Report of the Lahore Medical School Hospital
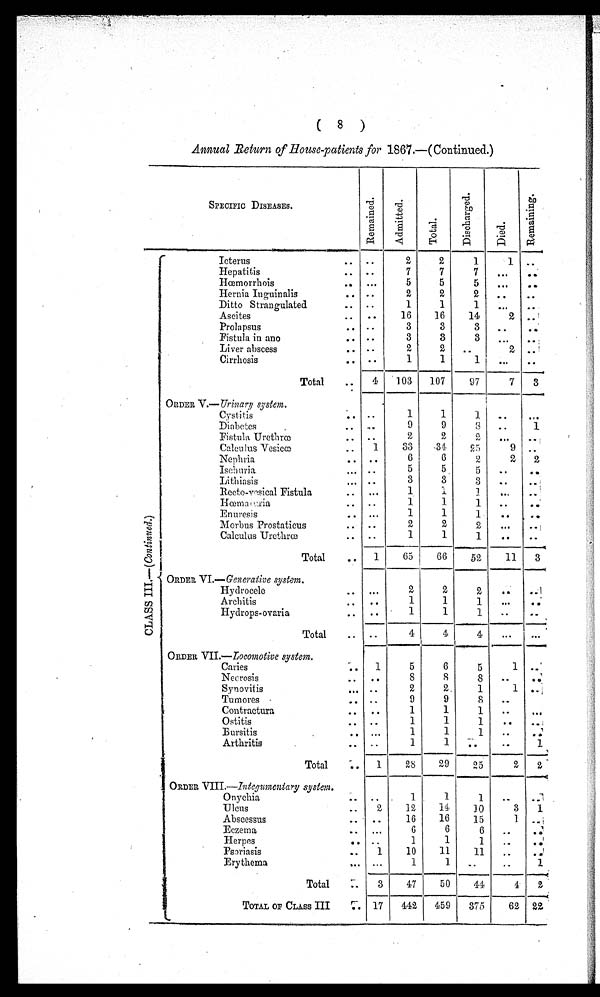
* %! ab
SPECIFIC DISEASES.
2'
. !
3
d
+
'Z
. 5
c:
.s
CB
E E l Z
%
0 a d
2 3 i) is Q P j
-:
- - - - - - a
Icterus
.. . .
2
2
1
1 ..
7
7
Hepatitis
.. ..
7
.
..
I-Iccmorrhois
.. *.. 5 5 5 D e e .-
Hernia Itlguinalis
.. .. 2 II 2 .. -.
Ditto Strangulated
.. ..
1
1
1
. . .
Asci tes
.. .. 1 6 16 14 2 ..!
3
3
Pro1:i psus
.. . .
3
.. . +
Fistula in ano
. *
. .
3
3
3
... * . :
Liver abscess
.. .- 2 2 ..
2
Cirrhosis
.. e m
1
1
-
-_L__,-4
Totd
.. 4 ' 103 107 97
----I__-,
O~D Z R
V.-- U r h a q system.
I i "'7 mi
Cystitis
* * ..
1
1
Z
.. • a l
Dia11ctc.c:
. **-
9
9
: z . . 1
Fisttnl:l, Uret11ra
. ..
2
2
2
8 . B
-- I
Cnlcti lus Vesiccc
. 1 33 -34f 25
9 ..
Nepliria
.. ) I *
6
6
2
2
2
Isc?~ u~j x
s..
5
5 .
5
9 .
a
Litl~iasis
*..
3
3
3
.. ..I
1
Recto-wsical Fistula
. . * - a
i
3
8 9 .
.. '
1
1
I3ama r ::ria
. .-
1 .. 99 u
Enuresis
. *.. 1 1 1 ., , .*
-?
%
3 l o~b u s Prostaticus
. ..
B
2
2
8
. .;
8
R
Calcul~~s Urethra
.. ..
1
1
1
4 .
0.
*
U
- - - , - - - *
8
Total
., 1 65 66 52 11 3
-i
- - - . -
,
-
<
! ( ORDEB ~~- -~o t c r a t i v e
syst~ns.
H
H
Hydrocelc
.. ... 2 2 2 .. .-I
H
1
1
m
Architis
.. 0 .
1
... . :
m
Hydrops- ovaria
.. .. 1
1
1
.. -
4
-----
E!
Total
.. . .
4
4 4
4
... ...
- - .
.
- .
J- l - -
- -
ORDER VI1.--2;ocomo~ive system
Caries
. 1 5 G 5 1 .-'
8
8
Necrosis
1
.. e .
8
.- ' 0.
Synovit is
a *
•
2
2 .
1
1 ..I
Tumores
*.
. .
9
9
S .-
Contractura
.. ..
1
1
1 ..
@ . @
Ostitis
.. .- 1 1 1 * a - - I
1
1
1
..
Bursitis
1
. 1 . .
0
Arthritis
.. ..
1
1 i-. . . 1.
1
-
-
-
Total
. 1 BY B9 25 % 2 -
- - - - . - 4
ORDER VIIL-I~ztegzc?~zevt.Ea~y system, -
1
Qnycliia
. .. . 1
1
.- 7
. - I
Ulclls
. 2 32 14 10
3
1
Abscessus
.
16
16
15
1 ..,i
G
6
Zczem a,
1
9 .
...
6
.. . 5
Herpes
.. .. 1 1 1 .. 1
Ps~riasis
.. 1
10
11
11
..
I
w e
Erythema
... *..
1
1 .. . . J!
- - . - - - - -
T o t
r. 3 47 50 &I !
4 2
- - - -
:
TOTAL OF CLASS 111
1 7
4
459
375
62 22